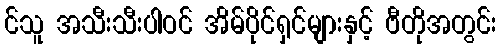
င်သူ အသီးသီးပါဝင် အိမ်ပိုင်ရှင်များနှင့် ဗီတိုအတွင်း